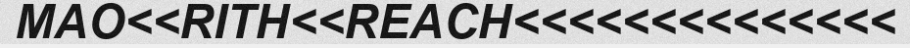
MAO<<RITH<<REACH<<<<<<<<<<<<<<